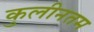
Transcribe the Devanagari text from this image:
कुलीनतम